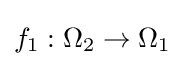
f_{1}:\Omega _{2}\to \Omega _{1}